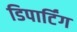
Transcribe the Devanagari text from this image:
डिपार्टिंग